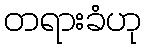
တရားခံဟု